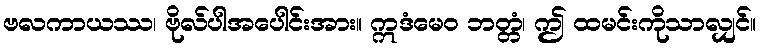
ဗလကာယဿ၊ ဗိုလ်ပါအပေါင်းအား။ ဣဒံမေဝ ဘတ္တံ၊ ဤ ထမင်းကိုသာလျှင်။